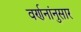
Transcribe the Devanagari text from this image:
वर्णनांनुसार